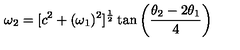
\omega _ { 2 } = [ c ^ { 2 } + ( \omega _ { 1 } ) ^ { 2 } ] ^ { \frac { 1 } { 2 } } \tan \left( { \frac { \theta _ { 2 } - 2 \theta _ { 1 } } { 4 } } \right)